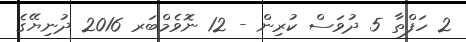
2 ހަފްތާ 5 ދުވަސް ކުރިން - 12 ނޮވެމްބަރ 2016 ދުނިޔޭގެ